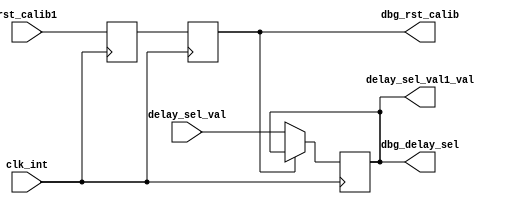
module s3adsp_ddr2_infrastructure
  (
   input        clk_int,
   input        rst_calib1,
   input  [4:0] delay_sel_val,
   output [4:0] delay_sel_val1_val,
   // debug_signals
   output [4:0] dbg_delay_sel, 
   output       dbg_rst_calib
   );


   reg [4:0] delay_sel_val1; 
   reg       rst_calib1_r1;
   reg       rst_calib1_r2;

   assign dbg_delay_sel      = delay_sel_val1;
   assign dbg_rst_calib      = rst_calib1_r2;

   assign delay_sel_val1_val = delay_sel_val1;

   always@(negedge clk_int) 
     rst_calib1_r1    <= rst_calib1;

   always@(posedge clk_int) 
     rst_calib1_r2    <= rst_calib1_r1;
   
   always@(posedge clk_int) begin
      if( rst_calib1_r2 == 1'b0 )
	delay_sel_val1    <= delay_sel_val;
      else
	delay_sel_val1      <= delay_sel_val1;
   end

endmodule